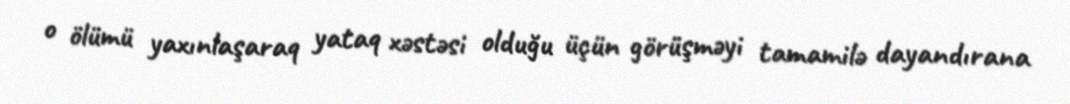
o ölümü yaxınlaşaraq yataq xəstəsi olduğu üçün görüşməyi tamamilə dayandırana